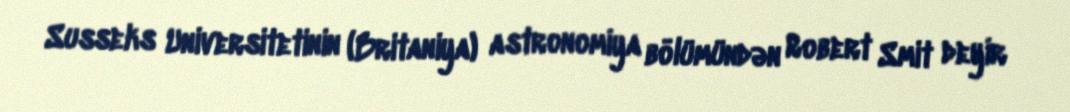
Susseks Universitetinin (Britaniya) astronomiya bölümündən Robert Smit deyir